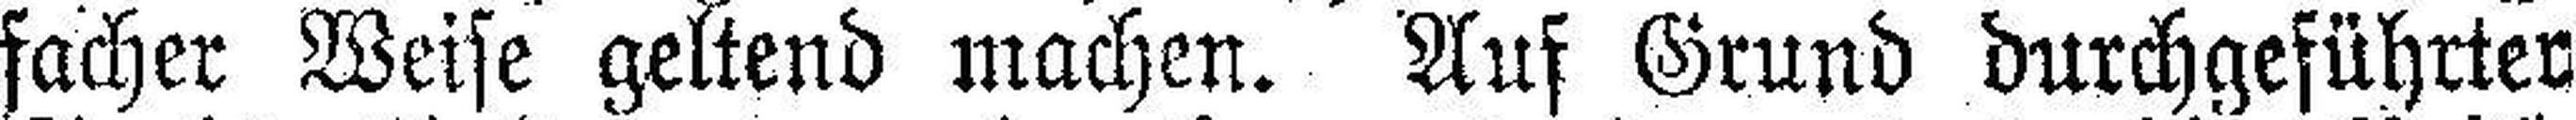
facher Weise geltend machen. Auf Grund durchgeführter